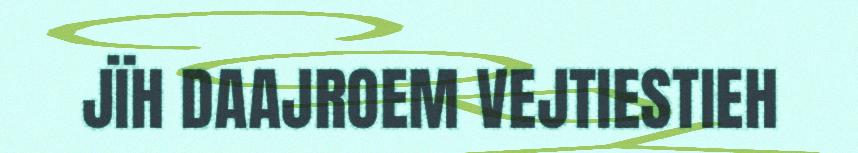
JÏH DAAJROEM VEJTIESTIEH